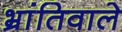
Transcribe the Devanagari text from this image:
भ्रांतिवाले